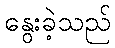
နွေးခဲ့သည်